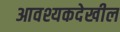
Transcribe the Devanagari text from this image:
आवश्यकदेखील